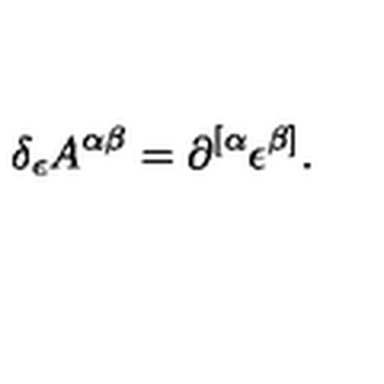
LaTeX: \delta _ { \epsilon } A ^ { \alpha \beta } = \partial ^ { [ \alpha } \epsilon ^ { \beta ] } .